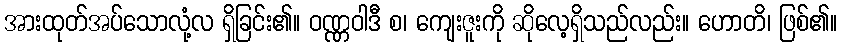
အားထုတ်အပ်သောလုံ့လ ရှိခြင်း၏။ ဝဏ္ဏဝါဒီ စ၊ ကျေးဇူးကို ဆိုလေ့ရှိသည်လည်း။ ဟောတိ၊ ဖြစ်၏။